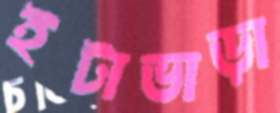
ইটাভাড়া